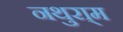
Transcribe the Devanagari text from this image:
नथुरा्म